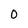
Character: O